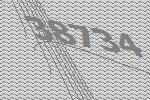
38734